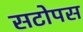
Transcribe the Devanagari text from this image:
सटोपस